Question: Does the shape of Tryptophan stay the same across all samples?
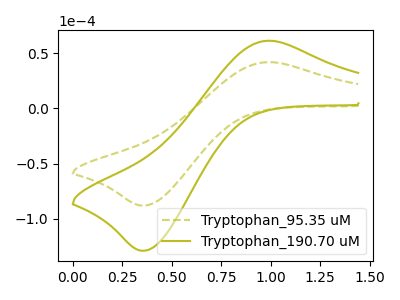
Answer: <think>The olive dashed curve "Tryptophan_95.35 uM" has an anodic peak at (1.00V, 41.75uA) and a cathodic peak at (0.35V, -88.00uA). The olive curve "Tryptophan_190.70 uM" has an anodic peak at (1.00V, 61.15uA) and a cathodic peak at (0.35V, -128.90uA).
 All the peaks in "Tryptophan_95.35 uM" have a peak in "Tryptophan_190.70 uM" at the same potential. Every peak in "Tryptophan_95.35 uM" is lower than every peak in "Tryptophan_190.70 uM".</think>
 <answer>All the CV's of "Tryptophan" have similar shape.</answer>
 <eval>follow_rule</eval>